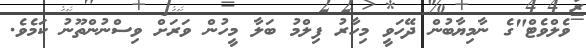
ވެލްވެޓް"ގެ ނާމިޔާބުން ދޭހަވީ މިހާރު ފިލްމު ބަލާ މީހުން ވަރަށް ވިސްނުންތޫނު ކަމެވެ.